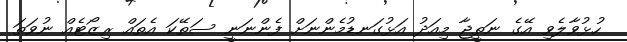
ހުޅުވާލެވި އޭގެ ނަތީޖާ މިއަދު އަޅުގަނޑުމެންނަށް ފެންނަނީ ސަތޭކަ އެތައް ރިޒޯޓެއް ނުވަތަ